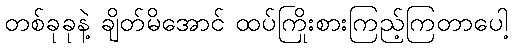
တစ်ခုခုနဲ့ ချိတ်မိအောင် ထပ်ကြိုးစားကြည့်ကြတာပေါ့